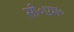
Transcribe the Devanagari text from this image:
सी॰एम॰